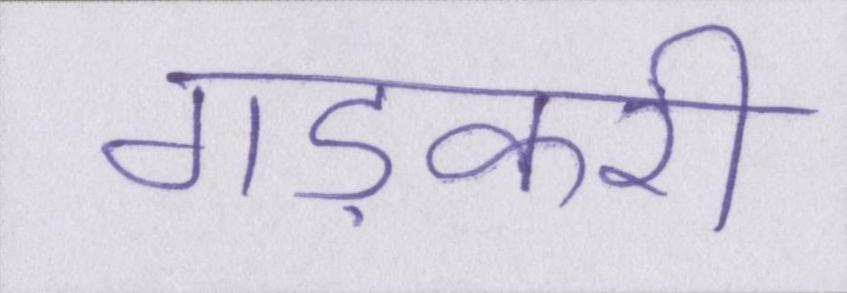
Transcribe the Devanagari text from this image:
गड़करी